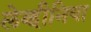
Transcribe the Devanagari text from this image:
लेव्हीनिया